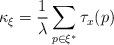
LaTeX: \begin{align*}\kappa _{\xi }=\frac{1}{\lambda }\sum _{p\in \xi ^{*}}\tau _{x}(p)\end{align*}